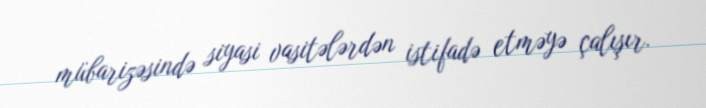
mübarizəsində siyasi vasitələrdən istifadə etməyə çalışır.